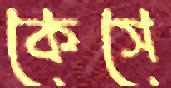
কেসে